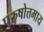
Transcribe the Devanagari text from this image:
पुरुषोत्तमाय